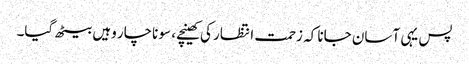
پس یہی آسان جانا کہ زحمت انتظار کی کھینچے، سو ناچار وہیں بیٹھ گیا۔